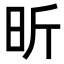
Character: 昕